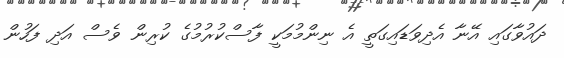
ދައުވާގައި އޭނާ އެދިވަޑައިގަތީ އެ ނިންމުމަކީ ފާސްކުރުމުގެ ކުރިން ވެސް އަދި ފަހުން